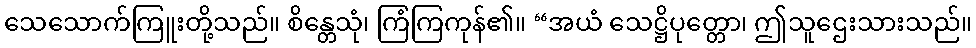
သေသောက်ကြူးတို့သည်။ စိန္တေသုံ၊ ကြံကြကုန်၏။ “အယံ သေဋ္ဌိပုတ္တော၊ ဤသူဌေးသားသည်။